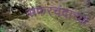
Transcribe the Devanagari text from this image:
सफरचंदांच्या